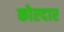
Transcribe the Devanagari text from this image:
कोरदार